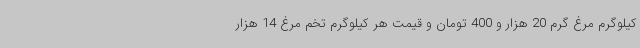
کیلوگرم مرغ گرم 20 هزار و 400 تومان و قیمت هر کیلوگرم تخم مرغ 14 هزار